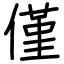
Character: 僅